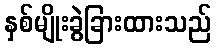
နှစ်မျိုးခွဲခြားထားသည်